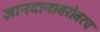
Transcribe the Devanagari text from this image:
ज्ञानदानाबरोबरच